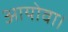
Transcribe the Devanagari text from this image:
आयोवा।